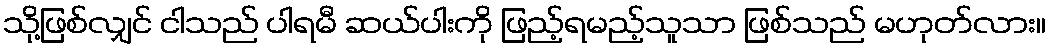
သို့ဖြစ်လျှင် ငါသည် ပါရမီ ဆယ်ပါးကို ဖြည့်ရမည့်သူသာ ဖြစ်သည် မဟုတ်လား။